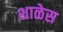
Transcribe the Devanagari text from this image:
शाळेस